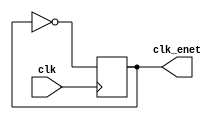
// This file is part of the Cornell University GPS Hardware Receiver Project.
// Copyright (C) 2009 - Adam Shapiro (ams348@cornell.edu)
//                      Tom Chatt (tjc42@cornell.edu)
//
// This program is free software; you can redistribute it and/or modify
// it under the terms of the GNU General Public License as published by
// the Free Software Foundation; either version 2 of the License, or
// (at your option) any later version.
//
// This program is distributed in the hope that it will be useful,
// but WITHOUT ANY WARRANTY; without even the implied warranty of
// MERCHANTABILITY or FITNESS FOR A PARTICULAR PURPOSE. See the
// GNU General Public License for more details.
//
// You should have received a copy of the GNU General Public License
// along with this program; if not, write to the Free Software
// Foundation, Inc., 59 Temple Place, Suite 330, Boston, MA 02111-1307 USA

module dm9000a_clk_gen(
    input      clk,
    output reg clk_enet);

   //Generate 25MHz Ethernet controller clock from
   //incoming clock, assuming 50MHz.
   always @(posedge clk) begin
      clk_enet <= ~clk_enet;
   end
   
endmodule